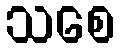
သစေ